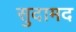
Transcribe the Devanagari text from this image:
सुदामद